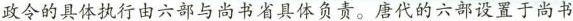
，政令的具体执行由六部与尚书省具体负责。唐代的六部设置于尚书